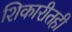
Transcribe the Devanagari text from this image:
शिकारीतही